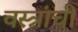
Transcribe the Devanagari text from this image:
वस्त्रांची